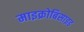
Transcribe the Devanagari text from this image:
माइक्रोबिसाइड